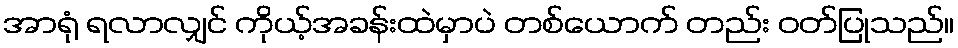
အာရုံ ရလာလျှင် ကိုယ့်အခန်းထဲမှာပဲ တစ်ယောက် တည်း ဝတ်ပြုသည်။